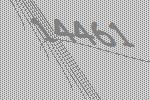
14461